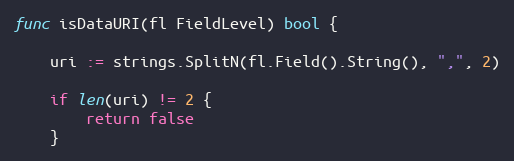
Language: Go
func isDataURI(fl FieldLevel) bool {

	uri := strings.SplitN(fl.Field().String(), ",", 2)

	if len(uri) != 2 {
		return false
	}